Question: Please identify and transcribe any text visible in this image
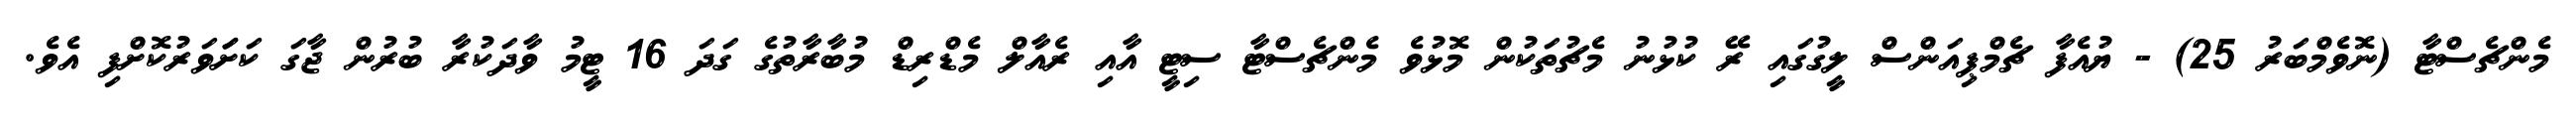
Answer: މެންޗެސްޓާ (ނޮވެމްބަރު 25) - ޔުއެފާ ޗެމްޕިއަންސް ލީގުގައި ރޭ ކުޅުނު މެޗުތަކުން މޮޅުވެ މެންޗެސްޓާ ސިޓީ އާއި ރެއާލް މެޑްރިޑް މުބާރާތުގެ ގަދަ 16 ޓީމު ވާދަކުރާ ބުރުން ޖާގަ ކަށަަވަރުކޮށްފި އެވެ.